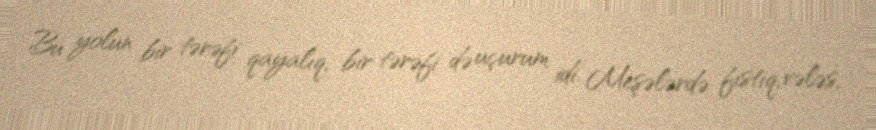
Bu yolun bir tərəfi qayalıq, bir tərəfi də uçurum idi. Meşələrdə fıstıq, vələs,